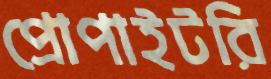
প্রোপাইটরি